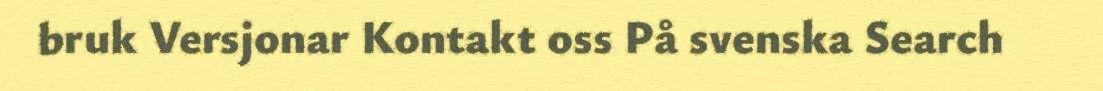
bruk Versjonar Kontakt oss På svenska Search